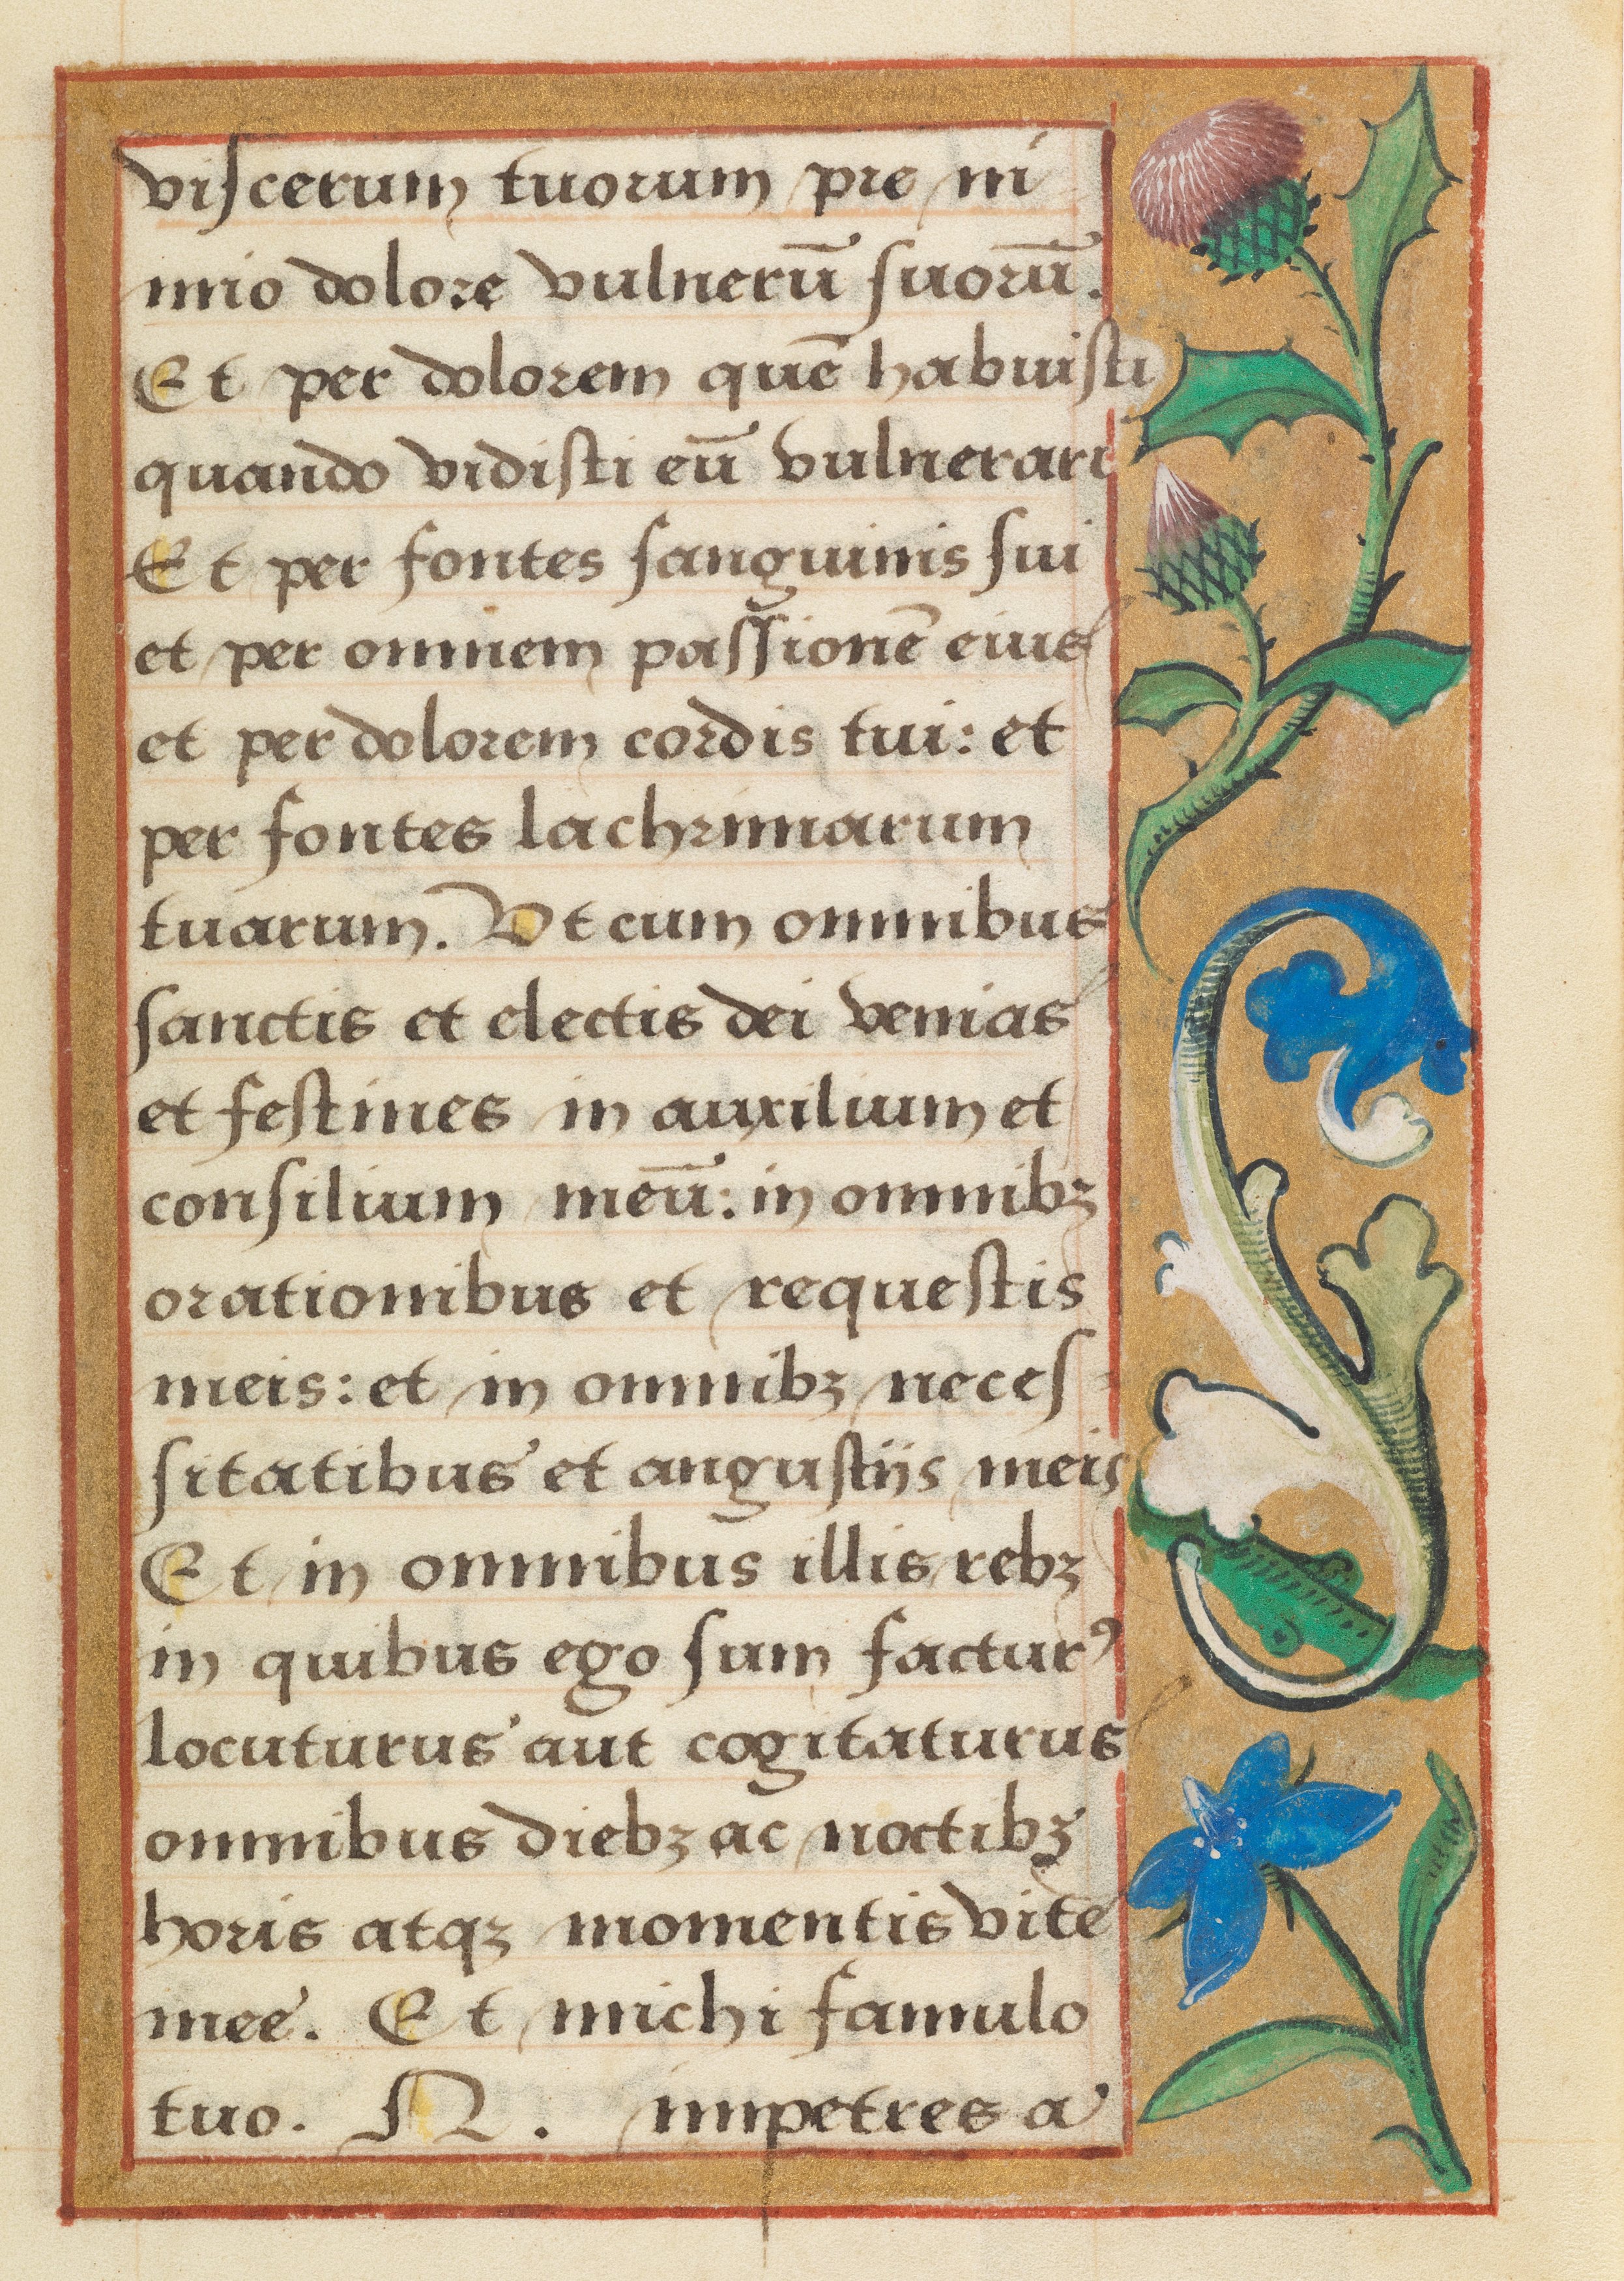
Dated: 1524–1524